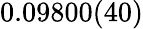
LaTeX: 0.09800(40)